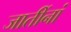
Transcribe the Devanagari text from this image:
जातींनां